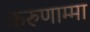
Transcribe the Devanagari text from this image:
करुणाम्मा